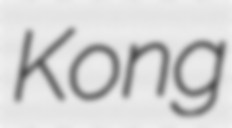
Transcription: Kong